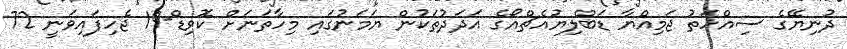
ދުނިޔޭގެ ސިއްހަތު ޖަމިއްޔާ ޑަބްލިޔުއެޗްއޯގެ އަދަދުތަކުން ޔަމަނުގައި މިހާތަނަށް ކޮވިޑް-19 ޖެހިފައިވަނީ 72